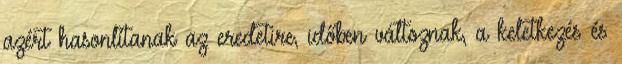
azért hasonlítanak az eredetire, időben változnak, a keletkezés és